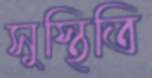
সুস্থিতি